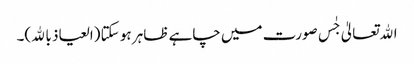
اﷲتعالیٰ جٰس صورت میں چاہے ظاہر ہو سکتا (العیاذ باﷲ)۔